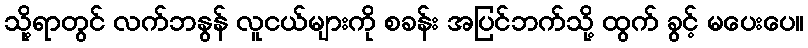
သို့ရာတွင် လက်ဘနွန် လူငယ်များကို စခန်း အပြင်ဘက်သို့ ထွက် ခွင့် မပေးပေ။